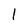
Character: l